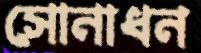
সোনাধন